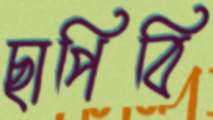
ছাপিবি